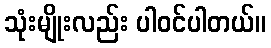
သုံးမျိုးလည်း ပါဝင်ပါတယ်။